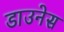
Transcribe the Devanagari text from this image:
डाउनेस